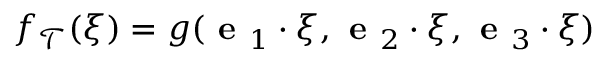
f _ { \mathcal { T } } ( \boldsymbol { \xi } ) = g ( \textbf { e } _ { 1 } \cdot \boldsymbol { \xi } , \textbf { e } _ { 2 } \cdot \boldsymbol { \xi } , \textbf { e } _ { 3 } \cdot \boldsymbol { \xi } )